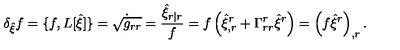
\delta _ { \hat { \xi } } f = \{ f , L [ \hat { \xi } ] \} = \dot { \sqrt { g _ { r r } } } = \frac { \hat { \xi } _ { r | r } } { f } = f \left( \hat { \xi } _ { , r } ^ { r } + \Gamma _ { r r } ^ { r } \hat { \xi } ^ { r } \right) = \left( f \hat { \xi } ^ { r } \right) _ { , r } .